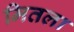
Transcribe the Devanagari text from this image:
मितला